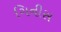
ગિનીસ